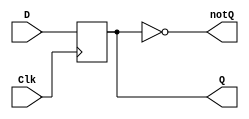
`timescale 1ns / 1ps
`default_nettype none

module d_flip_flop_behavioral(
    output reg Q,   //described in behavioral statement
    output wire notQ,   //described in a dataflow statement
    input wire D,
    input wire Clk  //clock signal
);
    //describe behavior of D flip_flop
    always@(posedge Clk)    //posedge means positive (rising) edge
                            //trigger when rising edge of Clk
        Q<=D;   //non-blocking assignment statement
    assign notQ = ~Q;
endmodule